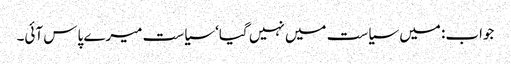
جواب: میں سیاست میں نہیں گیا‘ سیاست میرے پاس آئی۔